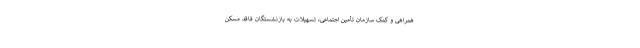
همراهی و کمک سازمان تأمین اجتماعی، تسهیلات به بازنشستگان فاقد مسکن